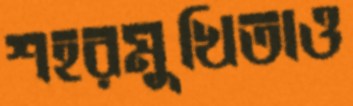
শহরমুখিতাও